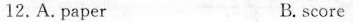
12.A, paper B,score